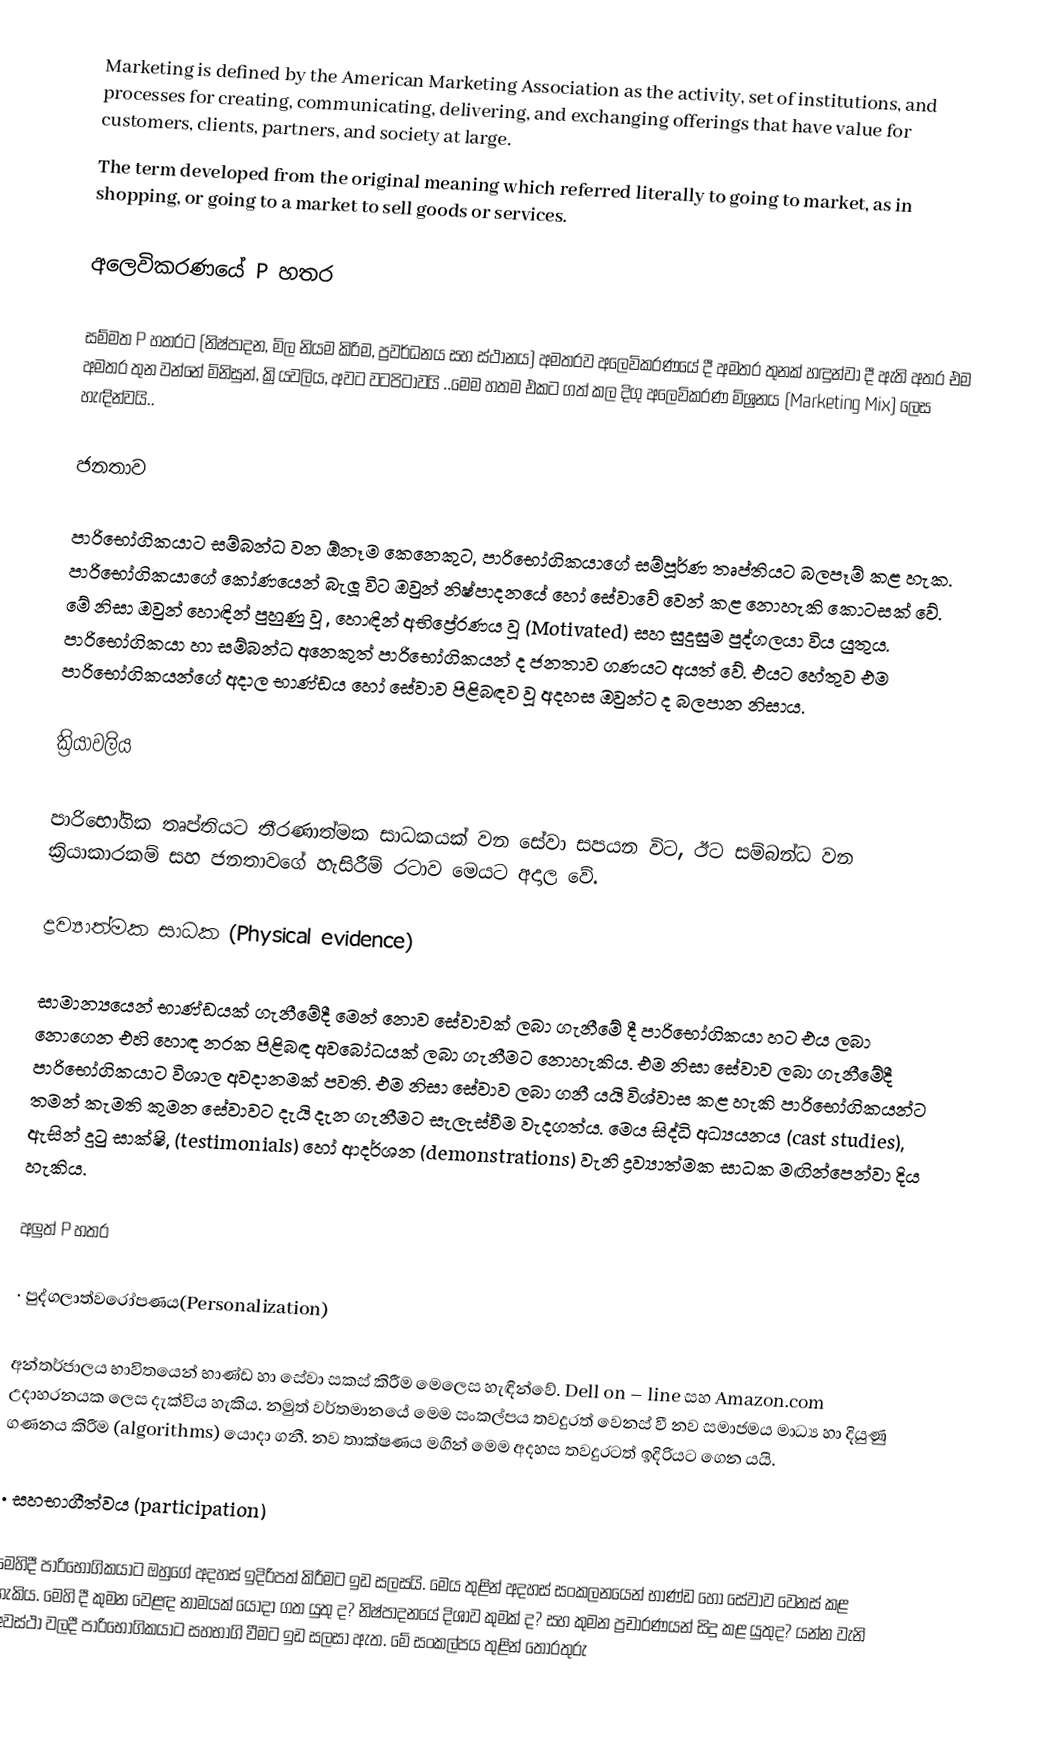
Marketing is defined by the American Marketing Association as the activity, set of institutions, and processes for creating, communicating, delivering, and exchanging offerings that have value for customers, clients, partners, and society at large.
The term developed from the original meaning which referred literally to going to market, as in shopping, or going to a market to sell goods or services.

අලෙවිකරණයේ P හතර

සම්මත P හතරට (නිෂ්පාදන, මිල නියම කිරිම, ප්‍රවර්ධනය සහ ස්ථානය) අමතරව අලෙවිකරණයේ දී අමතර තුනක් හඳුන්වා දී ඇති අතර එම අමතර තුන වන්නේ මිනිසුන්, ක්‍රියවලිය, අවට වටපිටාවයි ..මෙම හතම එකට ගත් කල දිගු අලෙවිකරණ මිශ්‍රනය (Marketing Mix) ලෙස හැඳින්වයි..

ජනතාව

පාරිභෝගිකයාට සම්බන්ධ වන ඕනෑම කෙනෙකුට, පාරිභෝගිකයාගේ සම්පූර්ණ තෘප්තියට බලපෑම් කළ හැක. පාරිභෝගිකයාගේ කෝණයෙන් බැලූ විට ඔවුන් නිෂ්පාදනයේ හෝ සේවාවේ වෙන් කළ නොහැකි කොටසක් වේ. මේ නිසා ඔවුන් හොඳින් පුහුණු වූ , හොඳින් අභිප්‍රේරණය වූ (Motivated) සහ සුදුසුම පුද්ගලයා විය යුතුය. පාරිභෝගිකයා හා සම්බන්ධ අනෙකුත් පාරිභෝගිකයන් ද ජනතාව ගණයට අයත් වේ. එයට හේතුව එම පාරිභෝගිකයන්‍ගේ අදාල භාණ්ඩය හෝ සේවාව පිළිබඳව වූ අදහස ඔවුන්ට ද බලපාන නිසාය.

ක්‍රියාවලිය

පාරිභෝගික තෘප්තියට තීරණාත්මක සාධකයක් වන සේවා සපයන විට, ඊට  සම්බන්ධ වන ක්‍රියාකාරකම් සහ ජනතාවගේ හැසිරීම් රටාව  මෙයට අදාල වේ.

ද්‍රව්‍යාත්මක සාධක (Physical evidence)

සාමාන්‍යයෙන් භාණ්ඩයක් ගැනීමේදී මෙන් නොව සේවාවක් ලබා ගැනීමේ දී පාරිභෝගිකයා හට එය ලබා නොගෙන එහි හොඳ නරක පිළිබඳ අවබෝධයක් ලබා ගැනීමට නොහැකිය. එම නිසා සේවාව ලබා ගැනීමේදී පාරිභෝගිකයාට විශාල අවදානමක් පවති. එම නිසා සේවාව ලබා ගනී යයි විශ්වාස කළ හැකි පාරිභෝගිකයන්ට තමන් කැමති කුමන සේවාවට දැයි දැන ගැනීමට සැලැස්වීම වැදගත්ය. මෙය සිද්ධි අධ්‍යයනය (cast studies), ඇසින් දුටු සාක්ෂි, (testimonials) හෝ ආදර්ශන (demonstrations) වැනි ද්‍රව්‍යාත්මක සාධක මඟින්පෙන්වා දිය හැකිය.

අලුත් P හතර

· පුද්ගලාත්වරෝපණය(Personalization)

අන්තර්ජාලය භාවිතයෙන් භාණ්ඩ හා සේවා සකස් කිරීම මෙලෙස හැඳින්වේ. Dell on – line සහ Amazon.com උදාහරනයක ලෙස දැක්විය හැකිය. නමුත් වර්තමානයේ මෙම සංකල්පය තවදුරත් වෙනස් වී නව සමාජමය මාධ්‍ය හා දියුණු ගණනය කිරීම (algorithms) යොදා ගනී. නව තාක්ෂණය මගින් මෙම අදහස තවදුරටත් ඉදිරියට ගෙන යයි.

· සහභාගීත්වය (participation)

මෙහිදී පාරිභෝගිකයාට ඔහුගේ අදහස් ඉදිරිපත් කිරීමට ඉඩ සලසයි. මෙය තුළින් අදහස් සංකලනයෙන් භාණ්ඩ හෝ සේවාව වෙනස් කළ හැකිය. මෙහි දී කුමන වෙළඳ නාමයක් යොදා ගත යුතු ද? නිෂ්පාදනයේ දිශාව කුමක් ද? සහ කුමන ප්‍රචාරණයන් සිදු කළ යුතුද? යන්න වැනි අවස්ථා වලදී පාරිභෝගිකයාට සහභාගි වීමට ඉඩ සලසා ඇත. මේ සංකල්පය තුළින් තොරතුරු